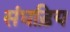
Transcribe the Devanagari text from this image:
संधड़िय